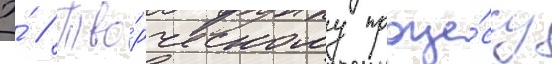
Э́ // Тво́рческому проце́ссу